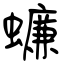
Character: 蠊